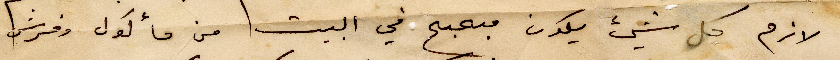
لازم كل شي يكون مبحبح في البيت من مأكول وفرش